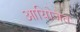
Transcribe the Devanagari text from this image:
आयोिजत